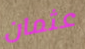
عثمان